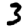
Digit: 3